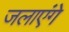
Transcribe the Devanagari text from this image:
जलाएंगे